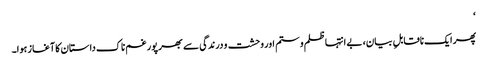
‘
پھر ایک ناقابلِ بیان، بے انتہا ظلم و ستم اور وحشت و درندگی سے بھرپور غم ناک داستان کا آغاز ہوا۔